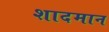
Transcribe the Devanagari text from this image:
शादमान